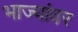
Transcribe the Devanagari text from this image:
भाज्यांवर